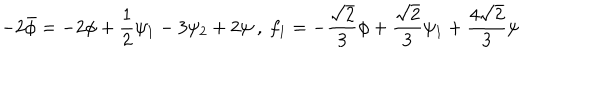
LaTeX: - 2 \bar { \phi } = - 2 \phi + \frac { 1 } { 2 } \psi _ { 1 } - 3 \psi _ { 2 } + 2 \psi \ , \ f _ { 1 } = - \frac { \sqrt { 2 } } { 3 } \phi + \frac { \sqrt { 2 } } { 3 } \psi _ { 1 } + \frac { 4 \sqrt { 2 } } { 3 } \psi